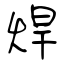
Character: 焊